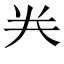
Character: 龹